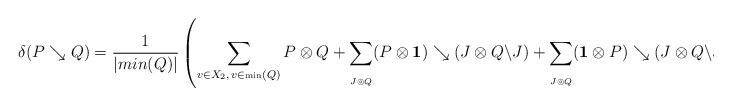
LaTeX: \begin{align*} \delta(P\searrow Q)&=\frac{1}{|min(Q)|}\left( \sum \limits_{\underset{}{v\in X_2,\, v\in \hbox{\tiny{min}}(Q) }} P \otimes Q + \sum \limits_{\underset{J\circledcirc Q}{}} (P\otimes \mathbf 1)\searrow (J \otimes Q\backslash J) + \sum \limits_{\underset{J\circledcirc Q}{}} (\mathbf 1\otimes P)\searrow (J \otimes Q\backslash J)\right).\end{align*}